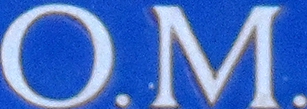
O.M.